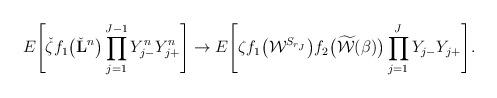
LaTeX: \begin{align*} E \Biggl[\check{\zeta}f_1\bigl(\check{\mathbf{L}}^n\bigr)\prod_{j=1}^{J-1}Y^n_{j-}Y^n_{j+}\Biggr] \to E \Biggl[\zeta f_1\bigl(\mathcal{W}^{S_{r_J}}\bigr)f_2\bigl(\widetilde{\mathcal{W}}(\beta)\bigr)\prod_{j=1}^JY_{j-}Y_{j+}\Biggr].\end{align*}